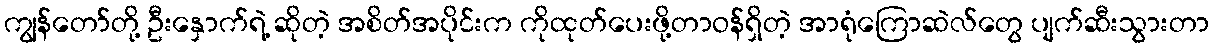
ကျွန်တော်တို့ ဦးနှောက်ရဲ့ ဆိုတဲ့ အစိတ်အပိုင်းက ကိုထုတ်ပေးဖို့တာဝန်ရှိတဲ့ အာရုံကြောဆဲလ်တွေ ပျက်ဆီးသွားတာ